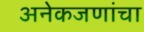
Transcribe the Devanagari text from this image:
अनेकजणांचा